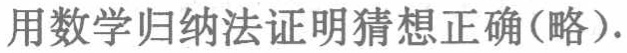
用数学归纳法证明猜想正确(略).